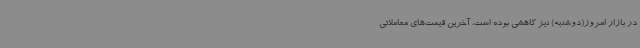
در بازار امروز(دوشنبه) نیز کاهشی بوده است، آخرین قیمت‌های معاملاتی